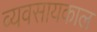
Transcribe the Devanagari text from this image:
व्यवसायकाल